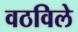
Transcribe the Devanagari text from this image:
वठविले